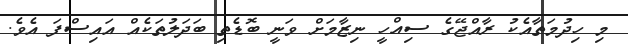
މި ހިދުމަތާއެކު ރާއްޖޭގެ ސިއްހީ ނިޒާމަށް ވަނީ ބޮޑެތި ބަދަލުތަކެއް އައިސްފަ އެވެ.